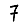
Digit: 7